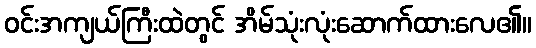
ဝင်းအကျယ်ကြီးထဲတွင် အိမ်သုံးလုံးဆောက်ထားလေ၏။